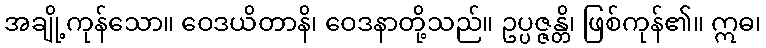
အချို့ကုန်သော။ ဝေဒယိတာနိ၊ ဝေဒနာတို့သည်။ ဥပ္ပဇ္ဇန္တိ၊ ဖြစ်ကုန်၏။ ဣဓ၊